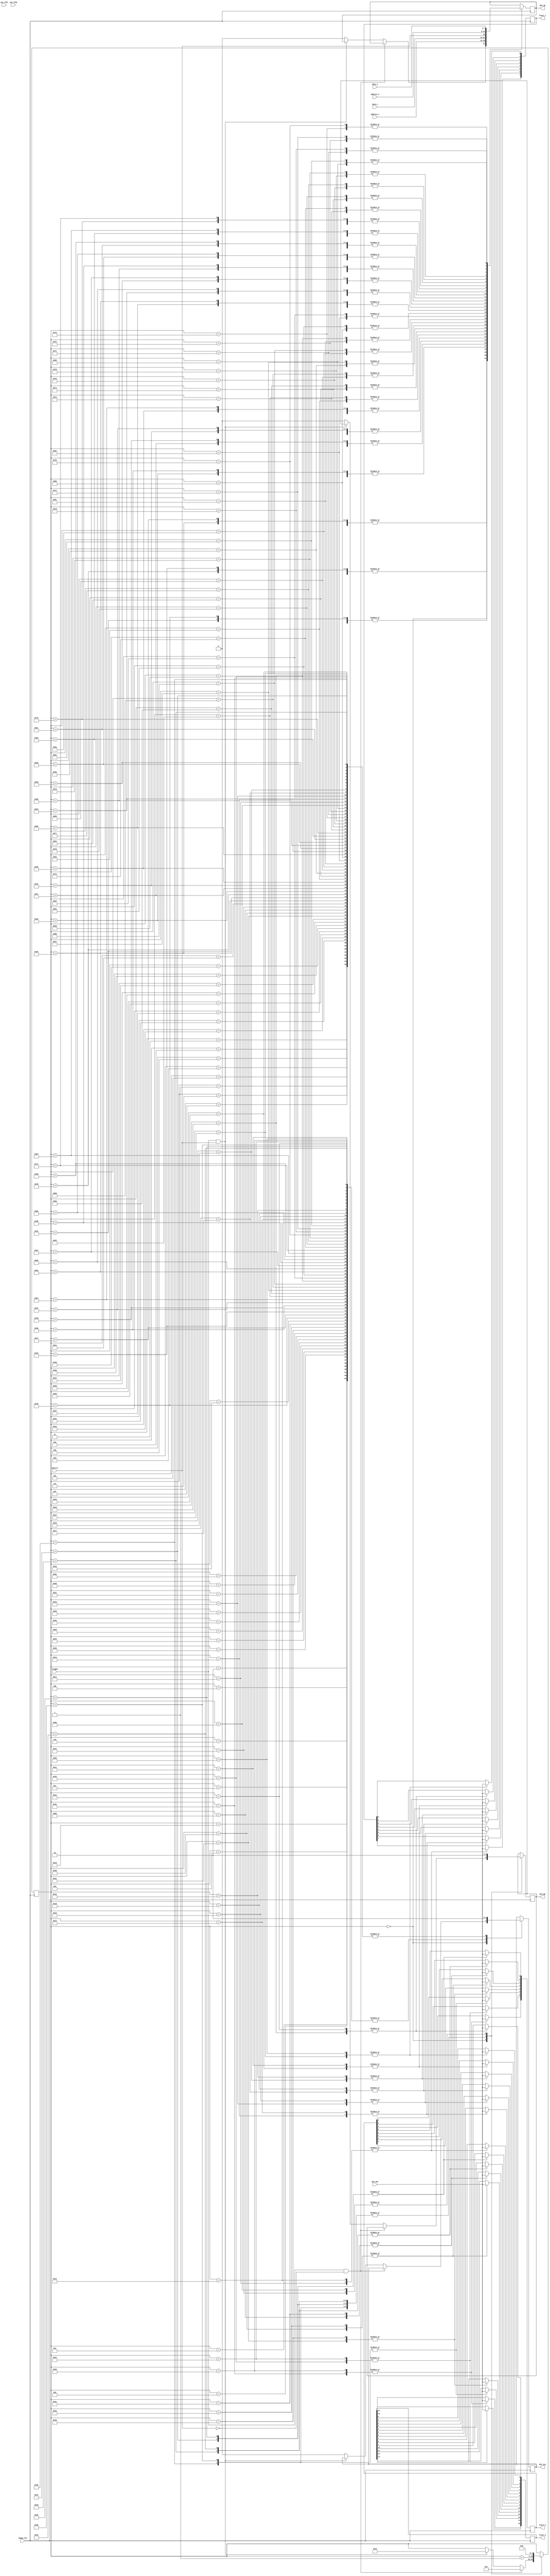
`timescale 1ns / 1ps
//////////////////////////////////////////////////////////////////////////////////
// Company: 
// Engineer: 
// 
// Design Name: 
// Module Name: Image
// Project Name: 
// Target Devices: 
// Tool Versions: 
// Description: 
// 
// Dependencies: 
// 
// Revision:
// Revision 0.01 - File Created
// Additional Comments:
// 
//////////////////////////////////////////////////////////////////////////////////


module Image(
    input sys_clkn,
    input sys_clkp,
    input wire Control,
    input wire Trigger,
    input wire Image_Clk,
    output reg SPI_EN,
    output reg SPI_IN,
    output reg SPI_CLK,
    input SPI_OUT,
    output reg [7:0] Final_1,
    output reg [7:0] Final_2,
    output reg [15:0] Final_3,   
    input wire [6:0] Address_1,
    input wire [6:0] Address_2,
    input wire [7:0] Data_1,
    input wire [7:0] Data_2
    );
    
    wire [23:0] ClkDivThreshold = 100;   
                                        
    reg [7:0] State = 8'd0;
    reg error_bit = 1'b1; 
       
    localparam STATE_INIT       = 8'd0;    
    
    initial  begin
        SPI_EN = 1'b0;
        SPI_IN = 1'b0;
        SPI_CLK = 1'b0; 
    end
                               
    always @(posedge Image_Clk) begin                       
        case (State)
            // Press Button[3] to start the state machine. Otherwise, stay in the STATE_INIT state        
            STATE_INIT : begin
                 if (Trigger == 1'b1 &&  Control == 1'b0) 
                 begin
                 State <= 8'd1;  
                 end
                 else if (Trigger == 1'b1 && Control == 1'b1) 
                 begin
                 State <= 8'd66;
                 end                              
                 else 
                 begin                 
                    SPI_EN <= 1'b0;
                    SPI_CLK <= 1'b0; 
                    SPI_IN <= 1'b0; 
                  end
            end            
            
            // This is the Start sequence            
            8'd1 : begin
                  SPI_EN <= 1'b1;
                  SPI_CLK <= 1'b0; 
                  SPI_IN <= Control;
                  State <= State + 1'b1;                   
            end   
            
            8'd2 : begin
                  SPI_EN <= 1'b1;
                  SPI_CLK <= 1'b1; 
                  SPI_IN <= Control; 
                  State <= State + 1'b1;                  
            end
            
            8'd3 : begin
                  SPI_EN <= 1'b1;
                  SPI_CLK <= 1'b0; 
                  SPI_IN <= Address_1[6];
                  State <= State + 1'b1;                   
            end   
            
            8'd4 : begin
                  SPI_EN <= 1'b1;
                  SPI_CLK <= 1'b1; 
                  SPI_IN <= Address_1[6];    
                  State <= State + 1'b1;               
            end   
            
            8'd5 : begin
                  SPI_EN <= 1'b1;
                  SPI_CLK <= 1'b0; 
                  SPI_IN <= Address_1[5];  
                  State <= State + 1'b1;                 
            end   
            
            8'd6 : begin
                  SPI_EN <= 1'b1;
                  SPI_CLK <= 1'b1; 
                  SPI_IN <= Address_1[5];   
                  State <= State + 1'b1;                
            end   
            
            8'd7 : begin
                  SPI_EN <= 1'b1;
                  SPI_CLK <= 1'b0; 
                  SPI_IN <= Address_1[4];   
                  State <= State + 1'b1;                
            end   
            
            8'd8 : begin
                  SPI_EN <= 1'b1;
                  SPI_CLK <= 1'b1; 
                  SPI_IN <= Address_1[4];   
                  State <= State + 1'b1;                
            end   
            
            8'd9 : begin
                  SPI_EN <= 1'b1;
                  SPI_CLK <= 1'b0; 
                  SPI_IN <= Address_1[3];   
                  State <= State + 1'b1;                
            end   
            
            8'd10 : begin
                  SPI_EN <= 1'b1;
                  SPI_CLK <= 1'b1; 
                  SPI_IN <= Address_1[3];   
                  State <= State + 1'b1;                
            end   
            
            8'd11 : begin
                  SPI_EN <= 1'b1;
                  SPI_CLK <= 1'b0; 
                  SPI_IN <= Address_1[2];     
                  State <= State + 1'b1;              
            end   
            
            8'd12 : begin
                  SPI_EN <= 1'b1;
                  SPI_CLK <= 1'b1; 
                  SPI_IN <= Address_1[2];    
                  State <= State + 1'b1;               
            end   
            
            8'd13 : begin
                  SPI_EN <= 1'b1;
                  SPI_CLK <= 1'b0; 
                  SPI_IN <= Address_1[1];      
                  State <= State + 1'b1;             
            end   
            
            8'd14 : begin
                  SPI_EN <= 1'b1;
                  SPI_CLK <= 1'b1; 
                  SPI_IN <= Address_1[1];      
                  State <= State + 1'b1;             
            end   
            
            8'd15 : begin
                  SPI_EN <= 1'b1;
                  SPI_CLK <= 1'b0; 
                  SPI_IN <= Address_1[0];     
                  State <= State + 1'b1;              
            end   
            
            8'd16 : begin
                  SPI_EN <= 1'b1;
                  SPI_CLK <= 1'b1; 
                  SPI_IN <= Address_1[0];      
                  State <= State + 1'b1;             
            end      
            
            8'd17 : begin
                  SPI_EN <= 1'b1;
                  SPI_CLK <= 1'b0; 
                  Final_1[7] <= SPI_OUT;
                  Final_3[7] <= SPI_OUT;
                  State <= State + 1'b1;
            end
            
            8'd18 : begin
                  SPI_EN <= 1'b1;
                  SPI_CLK <= 1'b1; 
                  Final_1[7] <= SPI_OUT;
                  Final_3[7] <= SPI_OUT;
                  State <= State + 1'b1;
            end
            
            8'd19 : begin
                  SPI_EN <= 1'b1;
                  SPI_CLK <= 1'b0; 
                  Final_1[6] <= SPI_OUT;
                  Final_3[6] <= SPI_OUT;
                  State <= State + 1'b1;
            end
            
            8'd20 : begin
                  SPI_EN <= 1'b1;
                  SPI_CLK <= 1'b1; 
                  Final_1[6] <= SPI_OUT;
                  Final_3[6] <= SPI_OUT;
                  State <= State + 1'b1;
            end
            
            8'd21 : begin
                  SPI_EN <= 1'b1;
                  SPI_CLK <= 1'b0; 
                  Final_1[5] <= SPI_OUT;
                  Final_3[5] <= SPI_OUT;
                  State <= State + 1'b1;
            end
            
            8'd22 : begin
                  SPI_EN <= 1'b1;
                  SPI_CLK <= 1'b1; 
                  Final_1[5] <= SPI_OUT;
                  Final_3[5] <= SPI_OUT;
                  State <= State + 1'b1;
            end
            
            8'd23 : begin
                  SPI_EN <= 1'b1;
                  SPI_CLK <= 1'b0; 
                  Final_1[4] <= SPI_OUT;
                  Final_3[4] <= SPI_OUT;
                  State <= State + 1'b1;
            end
            
            8'd24 : begin
                  SPI_EN <= 1'b1;
                  SPI_CLK <= 1'b1; 
                  Final_1[4] <= SPI_OUT;
                  Final_3[4] <= SPI_OUT;
                  State <= State + 1'b1;
            end
            
            8'd25 : begin
                  SPI_EN <= 1'b1;
                  SPI_CLK <= 1'b0; 
                  Final_1[3] <= SPI_OUT;
                  Final_3[3] <= SPI_OUT;
                  State <= State + 1'b1;
            end
            
            8'd26 : begin
                  SPI_EN <= 1'b1;
                  SPI_CLK <= 1'b1; 
                  Final_1[3] <= SPI_OUT;
                  Final_3[3] <= SPI_OUT;
                  State <= State + 1'b1;
            end
            
            8'd27 : begin
                  SPI_EN <= 1'b1;
                  SPI_CLK <= 1'b0; 
                  Final_1[2] <= SPI_OUT;
                  Final_3[2] <= SPI_OUT;
                  State <= State + 1'b1;
            end
            
            8'd28 : begin
                  SPI_EN <= 1'b1;
                  SPI_CLK <= 1'b1; 
                  Final_1[2] <= SPI_OUT;
                  Final_3[2] <= SPI_OUT;
                  State <= State + 1'b1;
            end
            
            8'd29 : begin
                  SPI_EN <= 1'b1;
                  SPI_CLK <= 1'b0; 
                  Final_1[1] <= SPI_OUT;
                  Final_3[1] <= SPI_OUT;
                  State <= State + 1'b1;
            end
            
            8'd30 : begin
                  SPI_EN <= 1'b1;
                  SPI_CLK <= 1'b1; 
                  Final_1[1] <= SPI_OUT;
                  Final_3[1] <= SPI_OUT;
                  State <= State + 1'b1;
            end
            
            8'd31 : begin
                  SPI_EN <= 1'b1;
                  SPI_CLK <= 1'b0; 
                  Final_1[0] <= SPI_OUT;
                  Final_3[0] <= SPI_OUT;
                  State <= State + 1'b1;
            end
            
            8'd32 : begin
                  SPI_EN <= 1'b1;
                  SPI_CLK <= 1'b1; 
                  Final_1[0] <= SPI_OUT;
                  Final_3[0] <= SPI_OUT;
                  State <= State + 1'b1;                
            end
            
            8'd33 : begin
                  SPI_EN <= 1'b1;
                  SPI_CLK <= 1'b0; 
                  SPI_IN <= Control;
                  State <= State + 1'b1;                   
            end   
            
            8'd34 : begin
                  SPI_EN <= 1'b1;
                  SPI_CLK <= 1'b1; 
                  SPI_IN <= Control; 
                  State <= State + 1'b1;                  
            end
            
            8'd35 : begin
                  SPI_EN <= 1'b1;
                  SPI_CLK <= 1'b0; 
                  SPI_IN <= Address_2[6];
                  State <= State + 1'b1;                   
            end   
            
            8'd36 : begin
                  SPI_EN <= 1'b1;
                  SPI_CLK <= 1'b1; 
                  SPI_IN <= Address_2[6];    
                  State <= State + 1'b1;               
            end   
            
            8'd37 : begin
                  SPI_EN <= 1'b1;
                  SPI_CLK <= 1'b0; 
                  SPI_IN <= Address_2[5];  
                  State <= State + 1'b1;                 
            end   
            
            8'd38 : begin
                  SPI_EN <= 1'b1;
                  SPI_CLK <= 1'b1; 
                  SPI_IN <= Address_2[5];   
                  State <= State + 1'b1;                
            end   
            
            8'd39 : begin
                  SPI_EN <= 1'b1;
                  SPI_CLK <= 1'b0; 
                  SPI_IN <= Address_2[4];   
                  State <= State + 1'b1;                
            end   
            
            8'd40 : begin
                  SPI_EN <= 1'b1;
                  SPI_CLK <= 1'b1; 
                  SPI_IN <= Address_2[4];   
                  State <= State + 1'b1;                
            end   
            
            8'd41 : begin
                  SPI_EN <= 1'b1;
                  SPI_CLK <= 1'b0; 
                  SPI_IN <= Address_2[3];   
                  State <= State + 1'b1;                
            end   
            
            8'd42 : begin
                  SPI_EN <= 1'b1;
                  SPI_CLK <= 1'b1; 
                  SPI_IN <= Address_2[3];   
                  State <= State + 1'b1;                
            end   
            
            8'd43 : begin
                  SPI_EN <= 1'b1;
                  SPI_CLK <= 1'b0; 
                  SPI_IN <= Address_2[2];     
                  State <= State + 1'b1;              
            end   
            
            8'd44 : begin
                  SPI_EN <= 1'b1;
                  SPI_CLK <= 1'b1; 
                  SPI_IN <= Address_2[2];    
                  State <= State + 1'b1;               
            end   
            
            8'd45 : begin
                  SPI_EN <= 1'b1;
                  SPI_CLK <= 1'b0; 
                  SPI_IN <= Address_2[1];      
                  State <= State + 1'b1;             
            end   
            
            8'd46 : begin
                  SPI_EN <= 1'b1;
                  SPI_CLK <= 1'b1; 
                  SPI_IN <= Address_2[1];      
                  State <= State + 1'b1;             
            end   
            
            8'd47 : begin
                  SPI_EN <= 1'b1;
                  SPI_CLK <= 1'b0; 
                  SPI_IN <= Address_2[0];     
                  State <= State + 1'b1;              
            end   
            
            8'd48 : begin
                  SPI_EN <= 1'b1;
                  SPI_CLK <= 1'b1; 
                  SPI_IN <= Address_2[0];      
                  State <= State + 1'b1;             
            end      
            
            8'd49 : begin
                  SPI_EN <= 1'b1;
                  SPI_CLK <= 1'b0; 
                  Final_2[7] <= SPI_OUT;
                  Final_3[15] <= SPI_OUT;
                  State <= State + 1'b1;
            end
            
            8'd50 : begin
                  SPI_EN <= 1'b1;
                  SPI_CLK <= 1'b1; 
                  Final_2[7] <= SPI_OUT;
                  Final_3[15] <= SPI_OUT;
                  State <= State + 1'b1;
            end
            
            8'd51 : begin
                  SPI_EN <= 1'b1;
                  SPI_CLK <= 1'b0; 
                  Final_2[6] <= SPI_OUT;
                  Final_3[14] <= SPI_OUT;
                  State <= State + 1'b1;
            end
            
            8'd52 : begin
                  SPI_EN <= 1'b1;
                  SPI_CLK <= 1'b1; 
                  Final_2[6] <= SPI_OUT;
                  Final_3[14] <= SPI_OUT;
                  State <= State + 1'b1;
            end
            
            8'd53 : begin
                  SPI_EN <= 1'b1;
                  SPI_CLK <= 1'b0; 
                  Final_2[5] <= SPI_OUT;
                  Final_3[13] <= SPI_OUT;
                  State <= State + 1'b1;
            end
            
            8'd54 : begin
                  SPI_EN <= 1'b1;
                  SPI_CLK <= 1'b1; 
                  Final_2[5] <= SPI_OUT;
                  Final_3[13] <= SPI_OUT;
                  State <= State + 1'b1;
            end
            
            8'd55 : begin
                  SPI_EN <= 1'b1;
                  SPI_CLK <= 1'b0; 
                  Final_2[4] <= SPI_OUT;
                  Final_3[12] <= SPI_OUT;
                  State <= State + 1'b1;
            end
            
            8'd56 : begin
                  SPI_EN <= 1'b1;
                  SPI_CLK <= 1'b1; 
                  Final_2[4] <= SPI_OUT;
                  Final_3[12] <= SPI_OUT;
                  State <= State + 1'b1;
            end
            
            8'd57 : begin
                  SPI_EN <= 1'b1;
                  SPI_CLK <= 1'b0; 
                  Final_2[3] <= SPI_OUT;
                  Final_3[11] <= SPI_OUT;
                  State <= State + 1'b1;
            end
            
            8'd58 : begin
                  SPI_EN <= 1'b1;
                  SPI_CLK <= 1'b1; 
                  Final_2[3] <= SPI_OUT;
                  Final_3[11] <= SPI_OUT;
                  State <= State + 1'b1;
            end
            
            8'd59 : begin
                  SPI_EN <= 1'b1;
                  SPI_CLK <= 1'b0; 
                  Final_2[2] <= SPI_OUT;
                  Final_3[10] <= SPI_OUT;
                  State <= State + 1'b1;
            end
            
            8'd60 : begin
                  SPI_EN <= 1'b1;
                  SPI_CLK <= 1'b1; 
                  Final_2[2] <= SPI_OUT;
                  Final_3[10] <= SPI_OUT;
                  State <= State + 1'b1;
            end
            
            8'd61 : begin
                  SPI_EN <= 1'b1;
                  SPI_CLK <= 1'b0; 
                  Final_2[1] <= SPI_OUT;
                  Final_3[9] <= SPI_OUT;
                  State <= State + 1'b1;
            end
            
            8'd62 : begin
                  SPI_EN <= 1'b1;
                  SPI_CLK <= 1'b1; 
                  Final_2[1] <= SPI_OUT;
                  Final_3[9] <= SPI_OUT;
                  State <= State + 1'b1;
            end
            
            8'd63 : begin
                  SPI_EN <= 1'b1;
                  SPI_CLK <= 1'b0; 
                  Final_2[0] <= SPI_OUT;
                  Final_3[8] <= SPI_OUT;
                  State <= State + 1'b1;
            end
            
            8'd64 : begin
                  SPI_EN <= 1'b1;
                  SPI_CLK <= 1'b1; 
                  Final_2[0] <= SPI_OUT;
                  Final_3[8] <= SPI_OUT;
                  State <= State + 1'b1;                
            end
            
            8'd65 : begin
                  SPI_EN <= 1'b0;
                  SPI_CLK <= 1'b0; 
                  State <= STATE_INIT;                
            end

            // transmit bit 7               
            8'd66 : begin
                  SPI_EN <= 1'b1;
                  SPI_CLK <= 1'b0; 
                  SPI_IN <= Control;
                  State <= State + 1'b1;                   
            end   
            
            8'd67 : begin
                  SPI_EN <= 1'b1;
                  SPI_CLK <= 1'b1; 
                  SPI_IN <= Control; 
                  State <= State + 1'b1;                  
            end
            
            8'd68 : begin
                  SPI_EN <= 1'b1;
                  SPI_CLK <= 1'b0; 
                  SPI_IN <= Address_1[6];
                  State <= State + 1'b1;                   
            end   
            
            8'd69 : begin
                  SPI_EN <= 1'b1;
                  SPI_CLK <= 1'b1; 
                  SPI_IN <= Address_1[6];    
                  State <= State + 1'b1;               
            end   
            
            8'd70 : begin
                  SPI_EN <= 1'b1;
                  SPI_CLK <= 1'b0; 
                  SPI_IN <= Address_1[5];  
                  State <= State + 1'b1;                 
            end   
            
            8'd71 : begin
                  SPI_EN <= 1'b1;
                  SPI_CLK <= 1'b1; 
                  SPI_IN <= Address_1[5];   
                  State <= State + 1'b1;                
            end   
            
            8'd72 : begin
                  SPI_EN <= 1'b1;
                  SPI_CLK <= 1'b0; 
                  SPI_IN <= Address_1[4];   
                  State <= State + 1'b1;                
            end   
            
            8'd73 : begin
                  SPI_EN <= 1'b1;
                  SPI_CLK <= 1'b1; 
                  SPI_IN <= Address_1[4];   
                  State <= State + 1'b1;                
            end   
            
            8'd74 : begin
                  SPI_EN <= 1'b1;
                  SPI_CLK <= 1'b0; 
                  SPI_IN <= Address_1[3];   
                  State <= State + 1'b1;                
            end   
            
            8'd75 : begin
                  SPI_EN <= 1'b1;
                  SPI_CLK <= 1'b1; 
                  SPI_IN <= Address_1[3];   
                  State <= State + 1'b1;                
            end   
            
            8'd76 : begin
                  SPI_EN <= 1'b1;
                  SPI_CLK <= 1'b0; 
                  SPI_IN <= Address_1[2];     
                  State <= State + 1'b1;              
            end   
            
            8'd77 : begin
                  SPI_EN <= 1'b1;
                  SPI_CLK <= 1'b1; 
                  SPI_IN <= Address_1[2];    
                  State <= State + 1'b1;               
            end   
            
            8'd78 : begin
                  SPI_EN <= 1'b1;
                  SPI_CLK <= 1'b0; 
                  SPI_IN <= Address_1[1];      
                  State <= State + 1'b1;             
            end   
            
            8'd79 : begin
                  SPI_EN <= 1'b1;
                  SPI_CLK <= 1'b1; 
                  SPI_IN <= Address_1[1];      
                  State <= State + 1'b1;             
            end   
            
            8'd80 : begin
                  SPI_EN <= 1'b1;
                  SPI_CLK <= 1'b0; 
                  SPI_IN <= Address_1[0];     
                  State <= State + 1'b1;              
            end   
            
            8'd81 : begin
                  SPI_EN <= 1'b1;
                  SPI_CLK <= 1'b1; 
                  SPI_IN <= Address_1[0];      
                  State <= State + 1'b1;             
            end      
            
            8'd82 : begin
                  SPI_EN <= 1'b1;
                  SPI_CLK <= 1'b0; 
                  SPI_IN <= Data_1[7]; 
                  State <= State + 1'b1;
            end
            
            8'd83 : begin
                  SPI_EN <= 1'b1;
                  SPI_CLK <= 1'b1; 
                  SPI_IN <= Data_1[7]; 
                  State <= State + 1'b1;
            end
            
            8'd84 : begin
                  SPI_EN <= 1'b1;
                  SPI_CLK <= 1'b0; 
                  SPI_IN <= Data_1[6]; 
                  State <= State + 1'b1;
            end
            
            8'd85 : begin
                  SPI_EN <= 1'b1;
                  SPI_CLK <= 1'b1; 
                  SPI_IN <= Data_1[6]; 
                  State <= State + 1'b1;
            end
            
            8'd86 : begin
                  SPI_EN <= 1'b1;
                  SPI_CLK <= 1'b0; 
                  SPI_IN <= Data_1[5]; 
                  State <= State + 1'b1;
            end
            
            8'd87 : begin
                  SPI_EN <= 1'b1;
                  SPI_CLK <= 1'b1; 
                  SPI_IN <= Data_1[5]; 
                  State <= State + 1'b1;
            end
            
            8'd88 : begin
                  SPI_EN <= 1'b1;
                  SPI_CLK <= 1'b0; 
                  SPI_IN <= Data_1[4]; 
                  State <= State + 1'b1;
            end
            
            8'd89 : begin
                  SPI_EN <= 1'b1;
                  SPI_CLK <= 1'b1; 
                  SPI_IN <= Data_1[4]; 
                  State <= State + 1'b1;
            end
            
            8'd90 : begin
                  SPI_EN <= 1'b1;
                  SPI_CLK <= 1'b0; 
                  SPI_IN <= Data_1[3]; 
                  State <= State + 1'b1;
            end
            
            8'd91 : begin
                  SPI_EN <= 1'b1;
                  SPI_CLK <= 1'b1; 
                  SPI_IN <= Data_1[3]; 
                  State <= State + 1'b1;
            end
            
            8'd92 : begin
                  SPI_EN <= 1'b1;
                  SPI_CLK <= 1'b0; 
                  SPI_IN <= Data_1[2]; 
                  State <= State + 1'b1;
            end
            
            8'd93 : begin
                  SPI_EN <= 1'b1;
                  SPI_CLK <= 1'b1; 
                  SPI_IN <= Data_1[2]; 
                  State <= State + 1'b1;
            end
            
            8'd94 : begin
                  SPI_EN <= 1'b1;
                  SPI_CLK <= 1'b0; 
                  SPI_IN <= Data_1[1]; 
                  State <= State + 1'b1;
            end
            
            8'd95 : begin
                  SPI_EN <= 1'b1;
                  SPI_CLK <= 1'b1; 
                  SPI_IN <= Data_1[1]; 
                  State <= State + 1'b1;
            end
            
            8'd96 : begin
                  SPI_EN <= 1'b1;
                  SPI_CLK <= 1'b0; 
                  SPI_IN <= Data_1[0]; 
                  State <= State + 1'b1;
            end
            
            8'd97 : begin
                  SPI_EN <= 1'b1;
                  SPI_CLK <= 1'b1; 
                  SPI_IN <= Data_1[0]; 
                  State <= State + 1'b1;             
            end
            
            8'd98 : begin
                  SPI_EN <= 1'b1;
                  SPI_CLK <= 1'b0; 
                  SPI_IN <= Control;
                  State <= State + 1'b1;                   
            end   
            
            8'd99 : begin
                  SPI_EN <= 1'b1;
                  SPI_CLK <= 1'b1; 
                  SPI_IN <= Control; 
                  State <= State + 1'b1;                  
            end
            
            8'd100 : begin
                  SPI_EN <= 1'b1;
                  SPI_CLK <= 1'b0; 
                  SPI_IN <= Address_2[6];
                  State <= State + 1'b1;                   
            end   
            
            8'd101 : begin
                  SPI_EN <= 1'b1;
                  SPI_CLK <= 1'b1; 
                  SPI_IN <= Address_2[6];    
                  State <= State + 1'b1;               
            end   
            
            8'd102 : begin
                  SPI_EN <= 1'b1;
                  SPI_CLK <= 1'b0; 
                  SPI_IN <= Address_2[5];  
                  State <= State + 1'b1;                 
            end   
            
            8'd103 : begin
                  SPI_EN <= 1'b1;
                  SPI_CLK <= 1'b1; 
                  SPI_IN <= Address_2[5];   
                  State <= State + 1'b1;                
            end   
            
            8'd104 : begin
                  SPI_EN <= 1'b1;
                  SPI_CLK <= 1'b0; 
                  SPI_IN <= Address_2[4];   
                  State <= State + 1'b1;                
            end   
            
            8'd105 : begin
                  SPI_EN <= 1'b1;
                  SPI_CLK <= 1'b1; 
                  SPI_IN <= Address_2[4];   
                  State <= State + 1'b1;                
            end   
            
            8'd106 : begin
                  SPI_EN <= 1'b1;
                  SPI_CLK <= 1'b0; 
                  SPI_IN <= Address_2[3];   
                  State <= State + 1'b1;                
            end   
            
            8'd107 : begin
                  SPI_EN <= 1'b1;
                  SPI_CLK <= 1'b1; 
                  SPI_IN <= Address_2[3];   
                  State <= State + 1'b1;                
            end   
            
            8'd108 : begin
                  SPI_EN <= 1'b1;
                  SPI_CLK <= 1'b0; 
                  SPI_IN <= Address_2[2];     
                  State <= State + 1'b1;              
            end   
            
            8'd109 : begin
                  SPI_EN <= 1'b1;
                  SPI_CLK <= 1'b1; 
                  SPI_IN <= Address_2[2];    
                  State <= State + 1'b1;               
            end   
            
            8'd110 : begin
                  SPI_EN <= 1'b1;
                  SPI_CLK <= 1'b0; 
                  SPI_IN <= Address_2[1];      
                  State <= State + 1'b1;             
            end   
            
            8'd111 : begin
                  SPI_EN <= 1'b1;
                  SPI_CLK <= 1'b1; 
                  SPI_IN <= Address_2[1];      
                  State <= State + 1'b1;             
            end   
            
            8'd112 : begin
                  SPI_EN <= 1'b1;
                  SPI_CLK <= 1'b0; 
                  SPI_IN <= Address_2[0];     
                  State <= State + 1'b1;              
            end   
            
            8'd113 : begin
                  SPI_EN <= 1'b1;
                  SPI_CLK <= 1'b1; 
                  SPI_IN <= Address_2[0];      
                  State <= State + 1'b1;             
            end      
            
            8'd114 : begin
                  SPI_EN <= 1'b1;
                  SPI_CLK <= 1'b0; 
                  SPI_IN <= Data_2[7]; 
                  State <= State + 1'b1;
            end
            
            8'd115 : begin
                  SPI_EN <= 1'b1;
                  SPI_CLK <= 1'b1; 
                  SPI_IN <= Data_2[7]; 
                  State <= State + 1'b1;
            end
            
            8'd116 : begin
                  SPI_EN <= 1'b1;
                  SPI_CLK <= 1'b0; 
                  SPI_IN <= Data_2[6]; 
                  State <= State + 1'b1;
            end
            
            8'd117 : begin
                  SPI_EN <= 1'b1;
                  SPI_CLK <= 1'b1; 
                  SPI_IN <= Data_2[6]; 
                  State <= State + 1'b1;
            end
            
            8'd118 : begin
                  SPI_EN <= 1'b1;
                  SPI_CLK <= 1'b0; 
                  SPI_IN <= Data_2[5]; 
                  State <= State + 1'b1;
            end
            
            8'd119 : begin
                  SPI_EN <= 1'b1;
                  SPI_CLK <= 1'b1; 
                  SPI_IN <= Data_2[5]; 
                  State <= State + 1'b1;
            end
            
            8'd120 : begin
                  SPI_EN <= 1'b1;
                  SPI_CLK <= 1'b0; 
                  SPI_IN <= Data_2[4]; 
                  State <= State + 1'b1;
            end
            
            8'd121 : begin
                  SPI_EN <= 1'b1;
                  SPI_CLK <= 1'b1; 
                  SPI_IN <= Data_2[4]; 
                  State <= State + 1'b1;
            end
            
            8'd122 : begin
                  SPI_EN <= 1'b1;
                  SPI_CLK <= 1'b0; 
                  SPI_IN <= Data_2[3]; 
                  State <= State + 1'b1;
            end
            
            8'd123 : begin
                  SPI_EN <= 1'b1;
                  SPI_CLK <= 1'b1; 
                  SPI_IN <= Data_2[3]; 
                  State <= State + 1'b1;
            end
            
            8'd124 : begin
                  SPI_EN <= 1'b1;
                  SPI_CLK <= 1'b0; 
                  SPI_IN <= Data_2[2]; 
                  State <= State + 1'b1;
            end
            
            8'd125 : begin
                  SPI_EN <= 1'b1;
                  SPI_CLK <= 1'b1; 
                  SPI_IN <= Data_2[2]; 
                  State <= State + 1'b1;
            end
            
            8'd126 : begin
                  SPI_EN <= 1'b1;
                  SPI_CLK <= 1'b0; 
                  SPI_IN <= Data_2[1]; 
                  State <= State + 1'b1;
            end
            
            8'd127 : begin
                  SPI_EN <= 1'b1;
                  SPI_CLK <= 1'b1; 
                  SPI_IN <= Data_2[1]; 
                  State <= State + 1'b1;
            end
            
            8'd128 : begin
                  SPI_EN <= 1'b1;
                  SPI_CLK <= 1'b0; 
                  SPI_IN <= Data_2[0]; 
                  State <= State + 1'b1;
            end
            
            8'd129 : begin
                  SPI_EN <= 1'b1;
                  SPI_CLK <= 1'b1; 
                  SPI_IN <= Data_2[0]; 
                  State <= State + 1'b1;             
            end
            
            8'd130 : begin
                  SPI_EN <= 1'b0;
                  SPI_CLK <= 1'b0; 
                  State <= STATE_INIT;                
            end                              
    
            default : begin
                error_bit <= 0;
            end            
        endcase
    end
endmodule